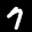
Label: 7